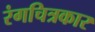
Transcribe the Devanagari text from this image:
रंगचित्रकार